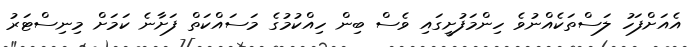
އެއަށްފަހު ލަސްތަކެއްނުވެ ހިންމަފުށީގައި ވެސް ބިން ހިއްކުމުގެ މަސައްކަތް ފަށާނެ ކަމަށް މިނިސްޓަރު